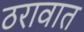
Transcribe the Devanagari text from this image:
ठरावात